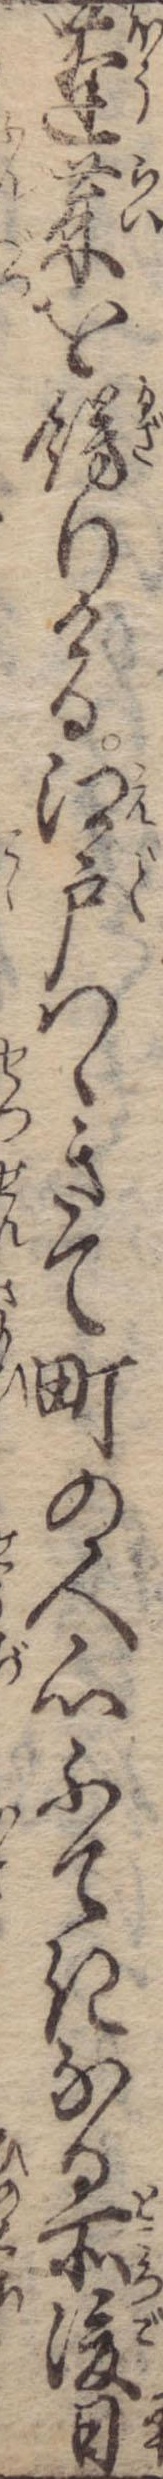
蓬莱を飾りける江戸つゝきて町の人心ふてきなる所後日